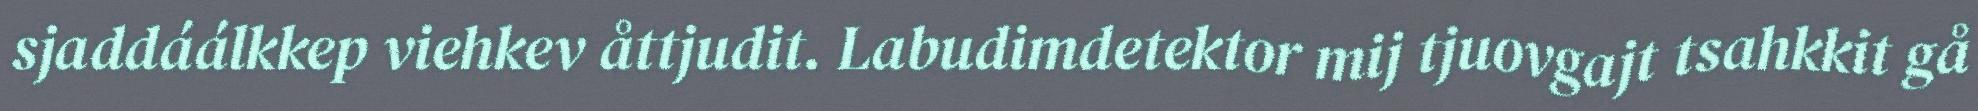
sjaddáálkkep viehkev åttjudit. Labudimdetektor mij tjuovgajt tsahkkit gå